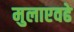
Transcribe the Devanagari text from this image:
मुलाएवढे